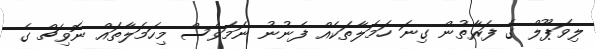
ލިވަޕޫލް ގެ ފަރާތުން ގިނަ ހަމަލާތަކެއް ފެނުނު ނަމަވެސް މިހަމަލާތައް ނޮވިޗް ގެ